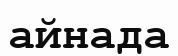
айнада